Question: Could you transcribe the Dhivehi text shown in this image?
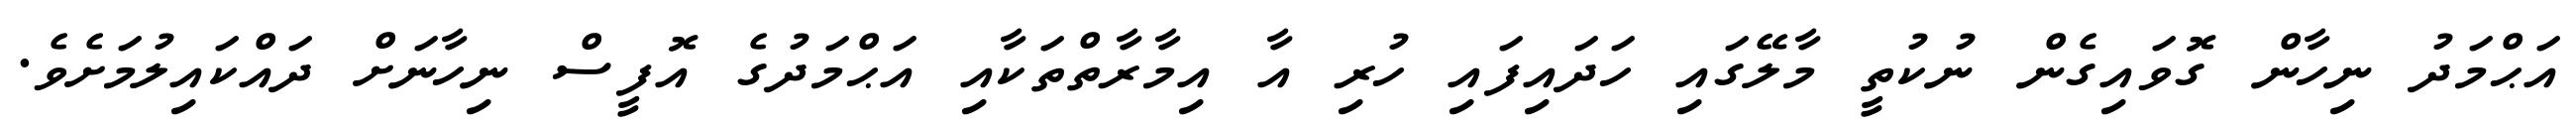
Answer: އަޙްމަދު ނިހާން ގޮވައިގެން ނުކުތީ މާލޭގައި ހަދައިފައި ހުރި އާ އިމާރާތްތަކާއި އަޙްމަދުގެ އޮފީސް ނިހާނަށް ދައްކައިލުމަށެވެ.